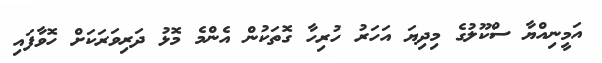
އަމީނިއްޔާ ސްކޫލުގެ މިދިޔަ އަހަރު ހުރިހާ ގޮތަކުން އެންމެ މޮޅު ދަރިވަރަކަށް ހޮވާފައި